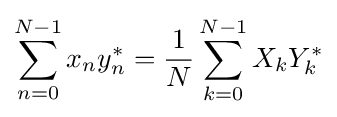
\sum _{n=0}^{N-1}x_{n}y_{n}^{*}={\frac {1}{N}}\sum _{k=0}^{N-1}X_{k}Y_{k}^{*}